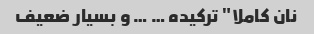
نان کاملا" ترکیده … … و بسیار ضعیف